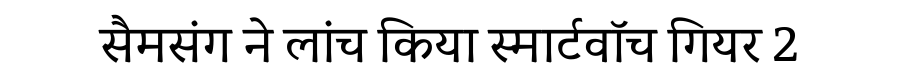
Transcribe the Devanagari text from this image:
सैमसंग ने लांच किया स्मार्टवॉच गियर 2